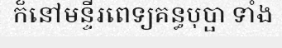
ក៏នៅមន្ទីរពេទ្យគន្ធបុប្ផា ទាំង